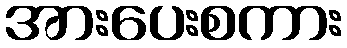
အားပေးစကား